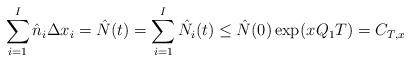
LaTeX: \begin{align*}\sum_{i=1}^I \hat{n}_i \Delta x_i = \hat{N}(t)= \sum_{i=1}^I \hat{N}_i(t) \leq \hat{N}(0) \exp(x_{} {Q}_1 T) = C_{T,x_{}}\end{align*}